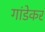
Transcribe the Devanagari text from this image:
गांडेकर